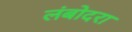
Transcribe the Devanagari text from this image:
लंबोदरा